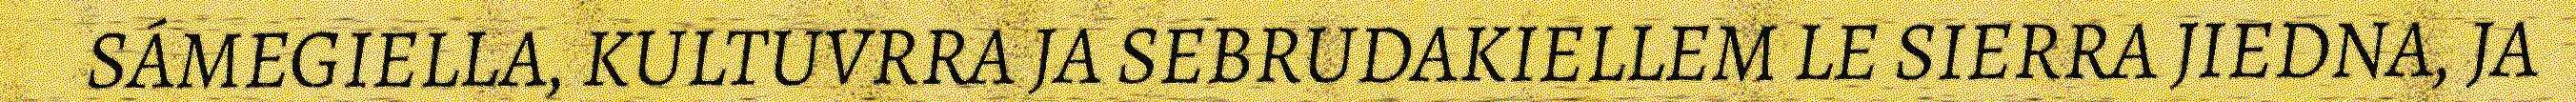
SÁMEGIELLA, KULTUVRRA JA SEBRUDAKIELLEM LE SIERRA JIEDNA, JA